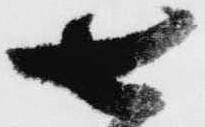
七